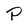
Character: P